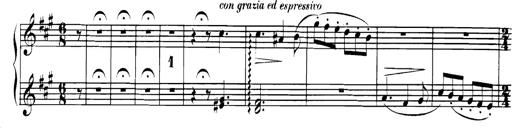
Title: Spinnerlied aus dem Fliegenden HollÃ¤nder
Composer: Franz Liszt